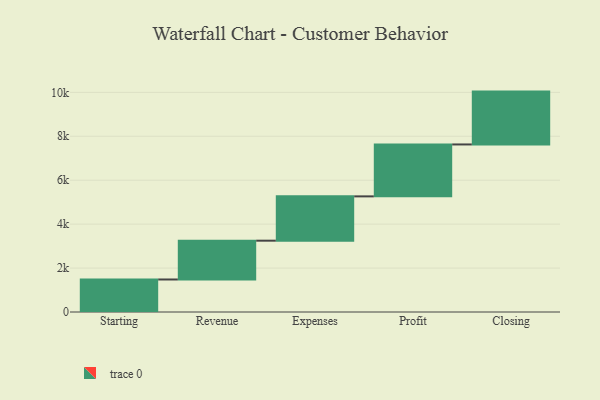
{"axis": {"x": "Step", "y": "Value"}, "legend": [""], "data": [{"x": "Starting", "y": 1480.0, "type": ""}, {"x": "Revenue", "y": 1767.0, "type": ""}, {"x": "Expenses", "y": 2017.0, "type": ""}, {"x": "Profit", "y": 2364.0, "type": ""}, {"x": "Closing", "y": 2406.0, "type": ""}]}